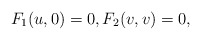
\begin{align*} F_1(u,0)=0,F_2(v,v)=0,\end{align*}